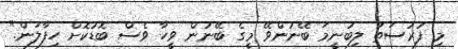
މި ފުރުސަތު ލިބުނީމަ ބޭނުންވޭ މީގެ ބޭނުން ވީހާ ވެސް ބޮޑުކޮށް ހިފާލަން."